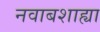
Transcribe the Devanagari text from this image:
नवाबशाह्या